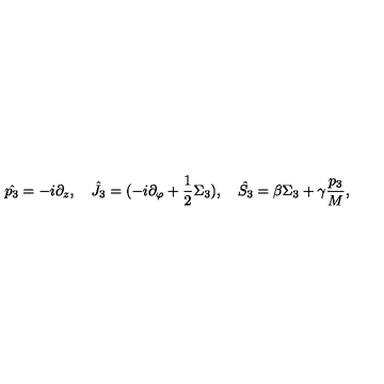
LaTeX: \hat { p _ { 3 } } = - i \partial _ { z } , \quad \hat { J _ { 3 } } = ( - i \partial _ { \varphi } + { \frac { 1 } { 2 } } \Sigma _ { 3 } ) , \quad \hat { S _ { 3 } } = \beta \Sigma _ { 3 } + \gamma { \frac { p _ { 3 } } { M } } ,